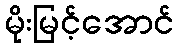
မိုးမြင့်အောင်